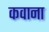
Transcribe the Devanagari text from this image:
कवाना